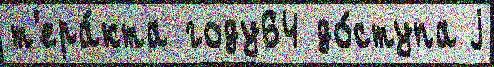
т'ера́кта году64 до́ступа j